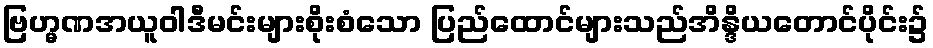
ဗြဟ္မဏအယူဝါဒီမင်းများစိုးစံသော ပြည်ထောင်များသည်အိန္ဒိယတောင်ပိုင်း၌